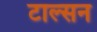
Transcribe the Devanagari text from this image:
टाल्सन